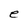
Character: e